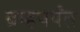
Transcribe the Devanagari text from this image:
ब्रम्हपर्यंत